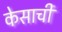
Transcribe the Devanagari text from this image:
केसाची